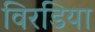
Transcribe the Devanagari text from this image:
विरडिया